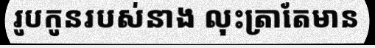
រូបកូនរបស់នាង លុះត្រាតែមាន